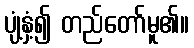
ပျံ့နှံ့၍ တည်တော်မူ၏။